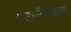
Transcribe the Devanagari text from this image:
अत्याधुनिकीकरण